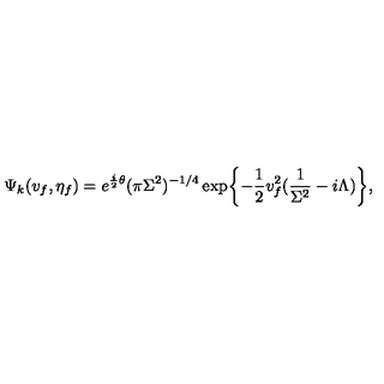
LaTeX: \Psi _ { k } ( v _ { f } , \eta _ { f } ) = e ^ { { \frac { i } { 2 } } \theta } ( \pi \Sigma ^ { 2 } ) ^ { - 1 / 4 } \exp \biggl \{ - { \frac { 1 } { 2 } } v _ { f } ^ { 2 } ( { \frac { 1 } { \Sigma ^ { 2 } } } - i \Lambda ) \biggr \} ,